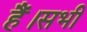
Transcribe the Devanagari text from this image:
हैं।सभी